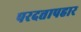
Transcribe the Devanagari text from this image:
परदत्तापहार